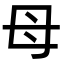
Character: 母